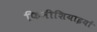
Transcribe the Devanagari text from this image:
फिनीशियाइयों